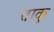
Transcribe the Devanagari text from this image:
ताकु